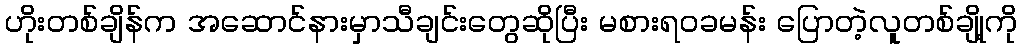
ဟိုးတစ်ချိန်က အဆောင်နားမှာသီချင်းတွေဆိုပြီး မစားရဝခမန်း ပြောတဲ့လူတစ်ချို့ကို